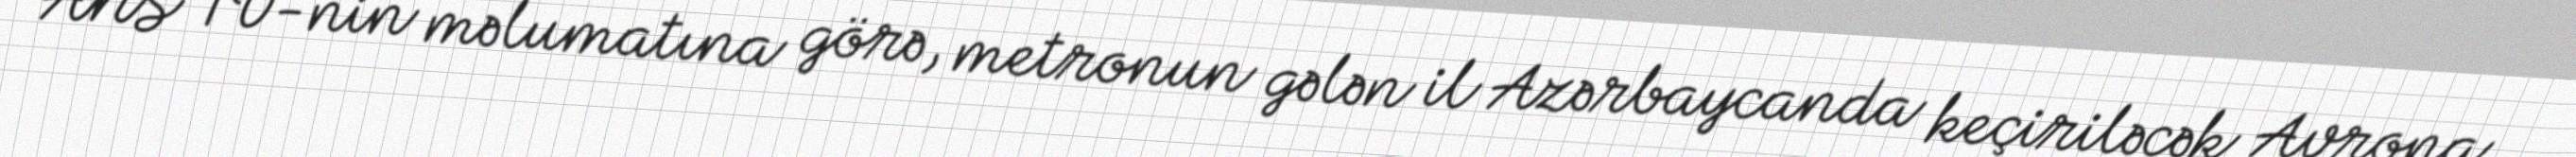
ANS TV-nin məlumatına görə, metronun gələn il Azərbaycanda keçiriləcək Avropa